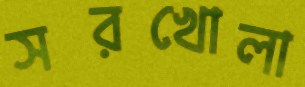
সরখোলা